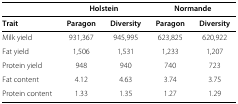
<table><thead><tr><td><b> </b></td><td colspan="2"><b>Holstein</b></td><td colspan="2"><b>Normande</b></td></tr><tr><td><b>Trait</b></td><td><b>Paragon</b></td><td><b>Diversity</b></td><td><b>Paragon</b></td><td><b>Diversity</b></td></tr></thead><tbody><tr><td>Milk yield</td><td>931,367</td><td>945,995</td><td>623,825</td><td>620,922</td></tr><tr><td>Fat yield</td><td>1,506</td><td>1,531</td><td>1,233</td><td>1,207</td></tr><tr><td>Protein yield</td><td>948</td><td>940</td><td>740</td><td>723</td></tr><tr><td>Fat content</td><td>4.12</td><td>4.63</td><td>3.74</td><td>3.75</td></tr><tr><td>Protein content</td><td>1.33</td><td>1.35</td><td>1.27</td><td>1.29</td></tr></tbody></table>